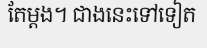
តែម្តង។ ជាងនេះទៅទៀត